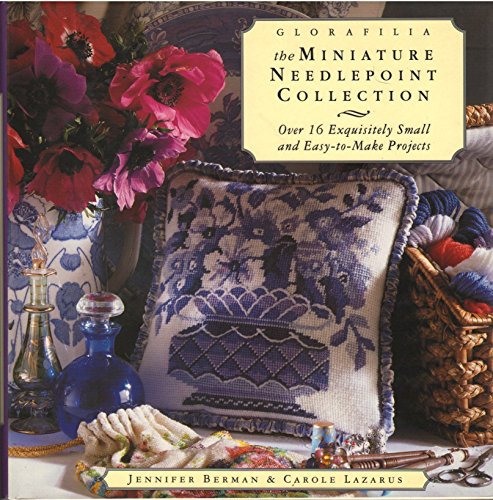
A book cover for Glorafilia:  The Miniature Needlepoint Collection; Jennifer Berman; Crafts, Hobbies & Home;